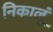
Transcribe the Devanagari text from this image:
निकालूं